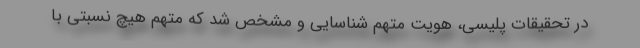
در تحقیقات پلیسی، هویت متهم شناسایی و مشخص شد که متهم هیچ نسبتی با